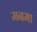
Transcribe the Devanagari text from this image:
मनमा